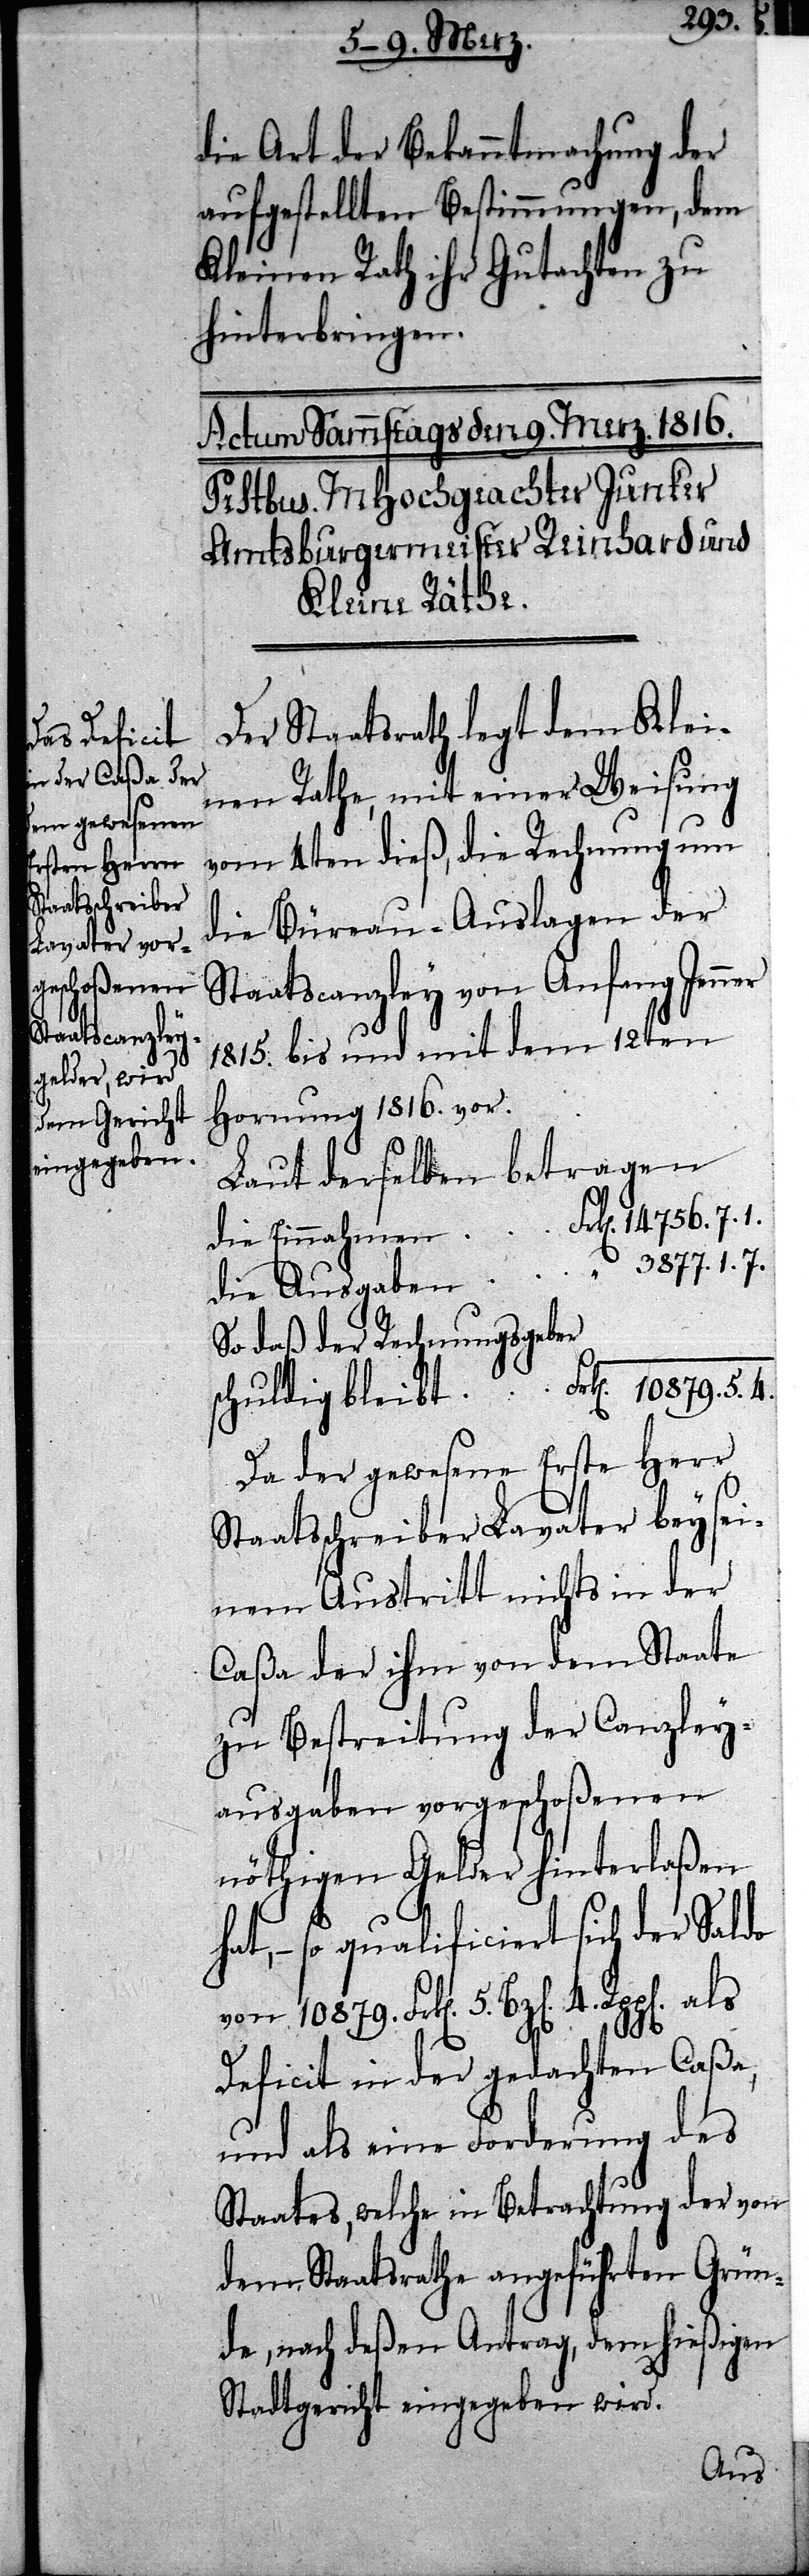
10879.
die Art der Bekanntmachung der
aufgestellten Bestimmungen, dem
Kleinen Rath ihr Gutachten zu
hinterbringen.
Der Staatsrath legt dem Klei¬
nen Rathe, mit einer Weisung
vom 4ten dieß, die Rechnung um
die Büreau-Auslagen der
Staatscanzley von Anfang Jenn¬
1815. bis und mit dem 12ten
Hornung 1816. vor.
Laut derselben betragen
die Einnahmen	Frk[en]. 14756.7.1.
die Ausgaben 	 “		 3877.1.7.
So daß der Rechnungsgeber
schuldig bleibt	Frk[en]. 10879.5.4.
Da der gewesene Erste Herr
Staatsschreiber Lavater bey sei¬
nem Austritt nichts in der
Caßa der ihm von dem Staate
zu Bestreitung der Canzley¬
ausgaben vorgeschoßenen
nöthigen Gelder hinterlaßen
hat, – so qualificiert sich der Saldo
4.
Deficit in der gedachten Caßa,
und als eine Forderung des
Staates, welche in Betrachtung der von
dem Staatsrathe angeführten Grün¬
de, nach deßen Antrag, dem hießigen
Stadtgericht eingegeben wird.

5.